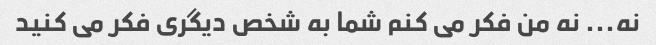
نه... نه من فکر می کنم شما به شخص دیگری فکر می کنید